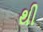
થી